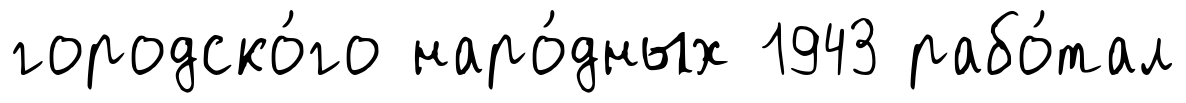
городско́го наро́дных 1943 рабо́тал